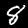
Label: 8